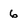
Character: 6